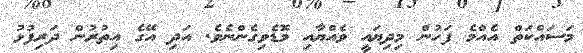
މަސައްކަތް އެއްމެ ފަހުން މިދިޔައީ ވެއްޔާއި މޮޑެވިގެންނެވެ. އަދި އޭގެ އިތުރުން ދަރިފުޅު